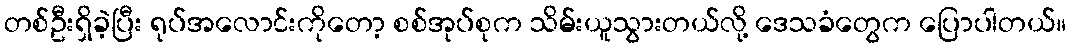
တစ်ဦးရှိခဲ့ပြီး ရုပ်အလောင်းကိုတော့ စစ်အုပ်စုက သိမ်းယူသွားတယ်လို့ ဒေသခံတွေက ပြောပါတယ်။